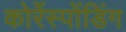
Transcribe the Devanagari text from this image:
कोर्रेस्पोंडिंग